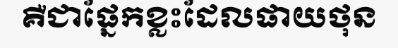
គឺជាផ្នែកខ្លះដែលផាយថុន